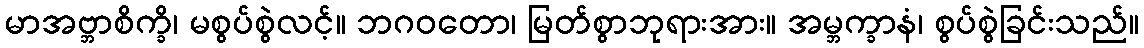
မာအဗ္ဘာစိက္ခိ၊ မစွပ်စွဲလင့်။ ဘဂဝတော၊ မြတ်စွာဘုရားအား။ အမ္ဘက္ခာနံ၊ စွပ်စွဲခြင်းသည်။